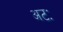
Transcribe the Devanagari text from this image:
अटः